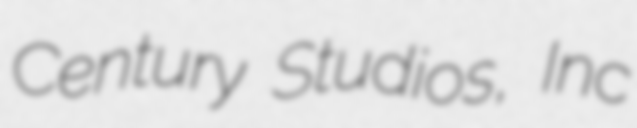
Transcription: Century Studios, Inc